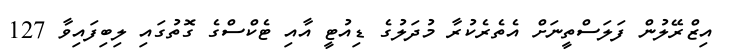
އިޒްރޭލުން ފަލަސްތީނަށް އެތެރެކުރާ މުދަލުގެ ޑިއުޓީ އާއި ޓެކްސްގެ ގޮތުގައި ލިބިފައިވާ 127